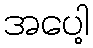
အပေါ့